Bréfritari: Eiríkur Eiríksson
Viðtakandi: Jón Borgfirðings Jónsson
Dagsetning: A-1859-08-05
Skrifað á: Ormarslóni  N-Þing.
Óvíst

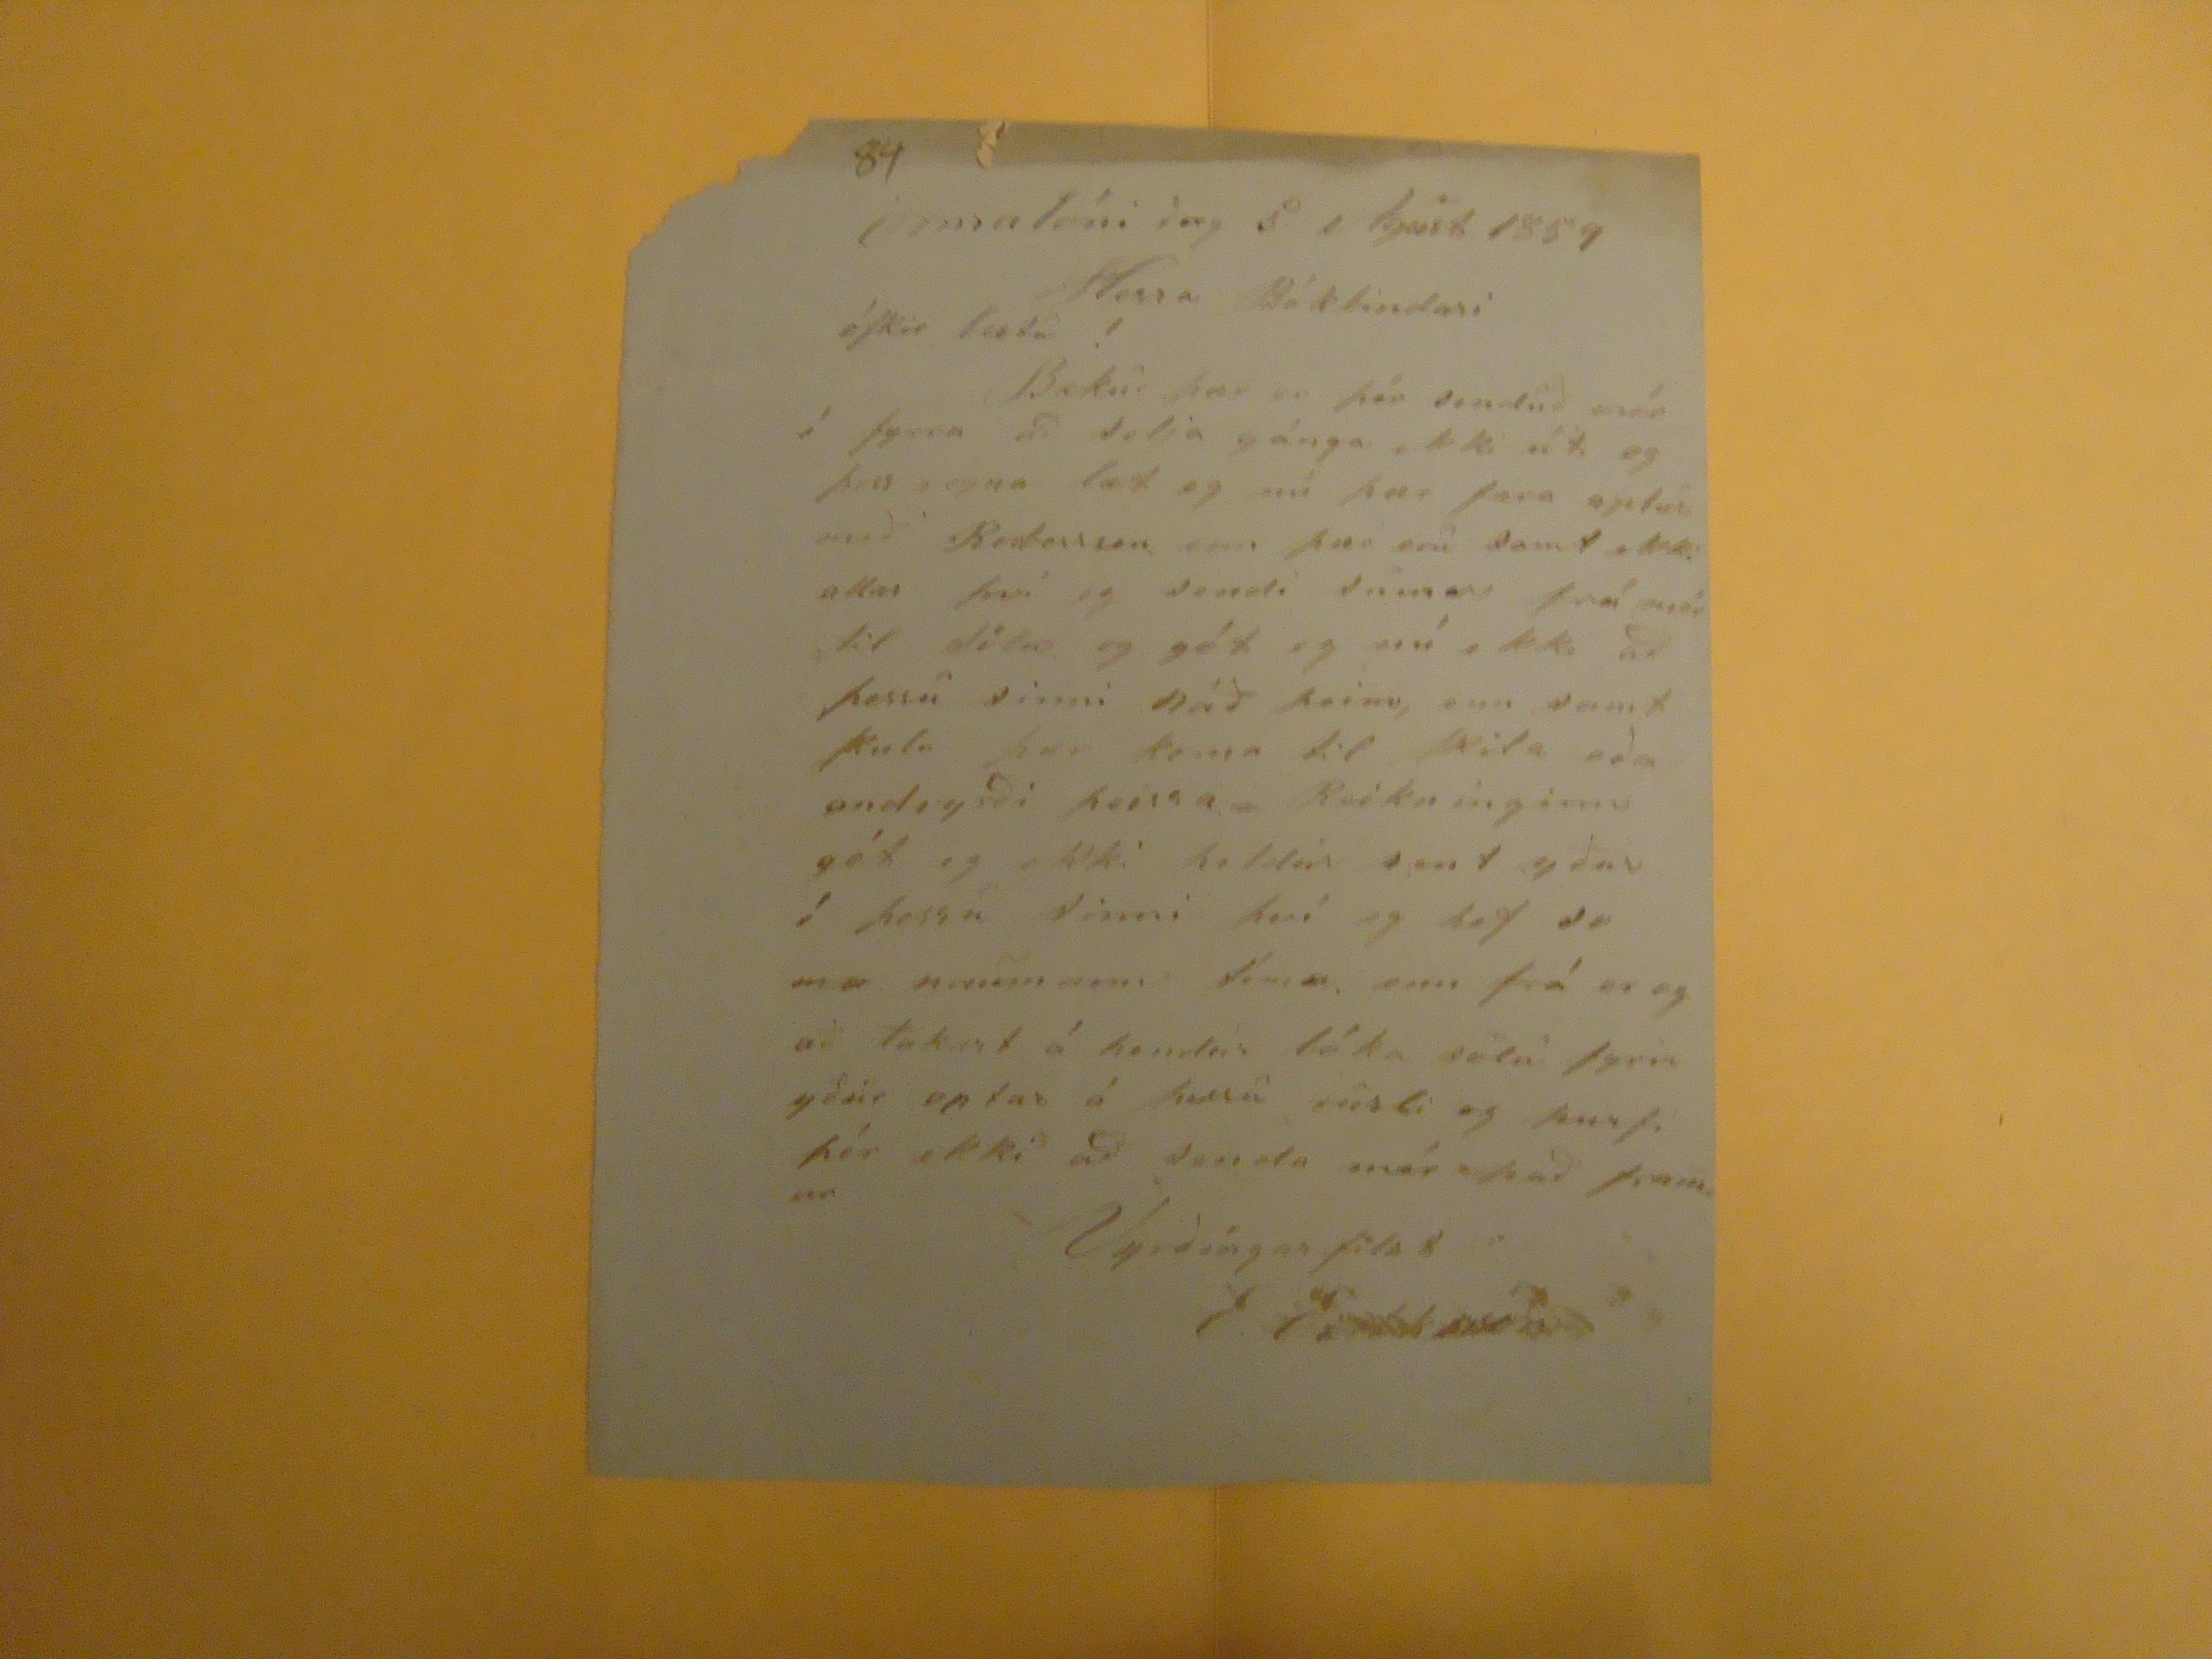

Ormalóni dag 5. Agúst 1859
84
Herra Bókbindari óskir
lesta!
bækur þær er þér senduð mér í fyrra að selja gánga ekki út og þess vegna læt eg nú þær fara aptur með
Bentesson
enn þær eru samt ekki allar því eg sendi sumar frá mér til
???
og gét eg nú ekki að þessu sinni náð þeim, enn samt skulu þær koma til skila eða andvyrði þeirra. Reiknínginn gét eg ekki heldur sent yður í þessu sinni því eg hef so
m a
naumann tíma, enn frá er eg að takast a hendur bóka sölu fyrir yður optar á þessu rusli og þurfi þér ekki að senda mér það framar
Vyrðingarfilst
E
Eiríksson